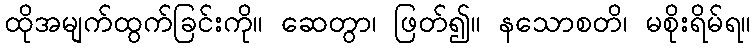
ထိုအမျက်ထွက်ခြင်းကို။ ဆေတွာ၊ ဖြတ်၍။ နသောစတိ၊ မစိုးရိမ်ရ။